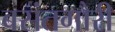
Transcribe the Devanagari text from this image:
बसंतगौरी